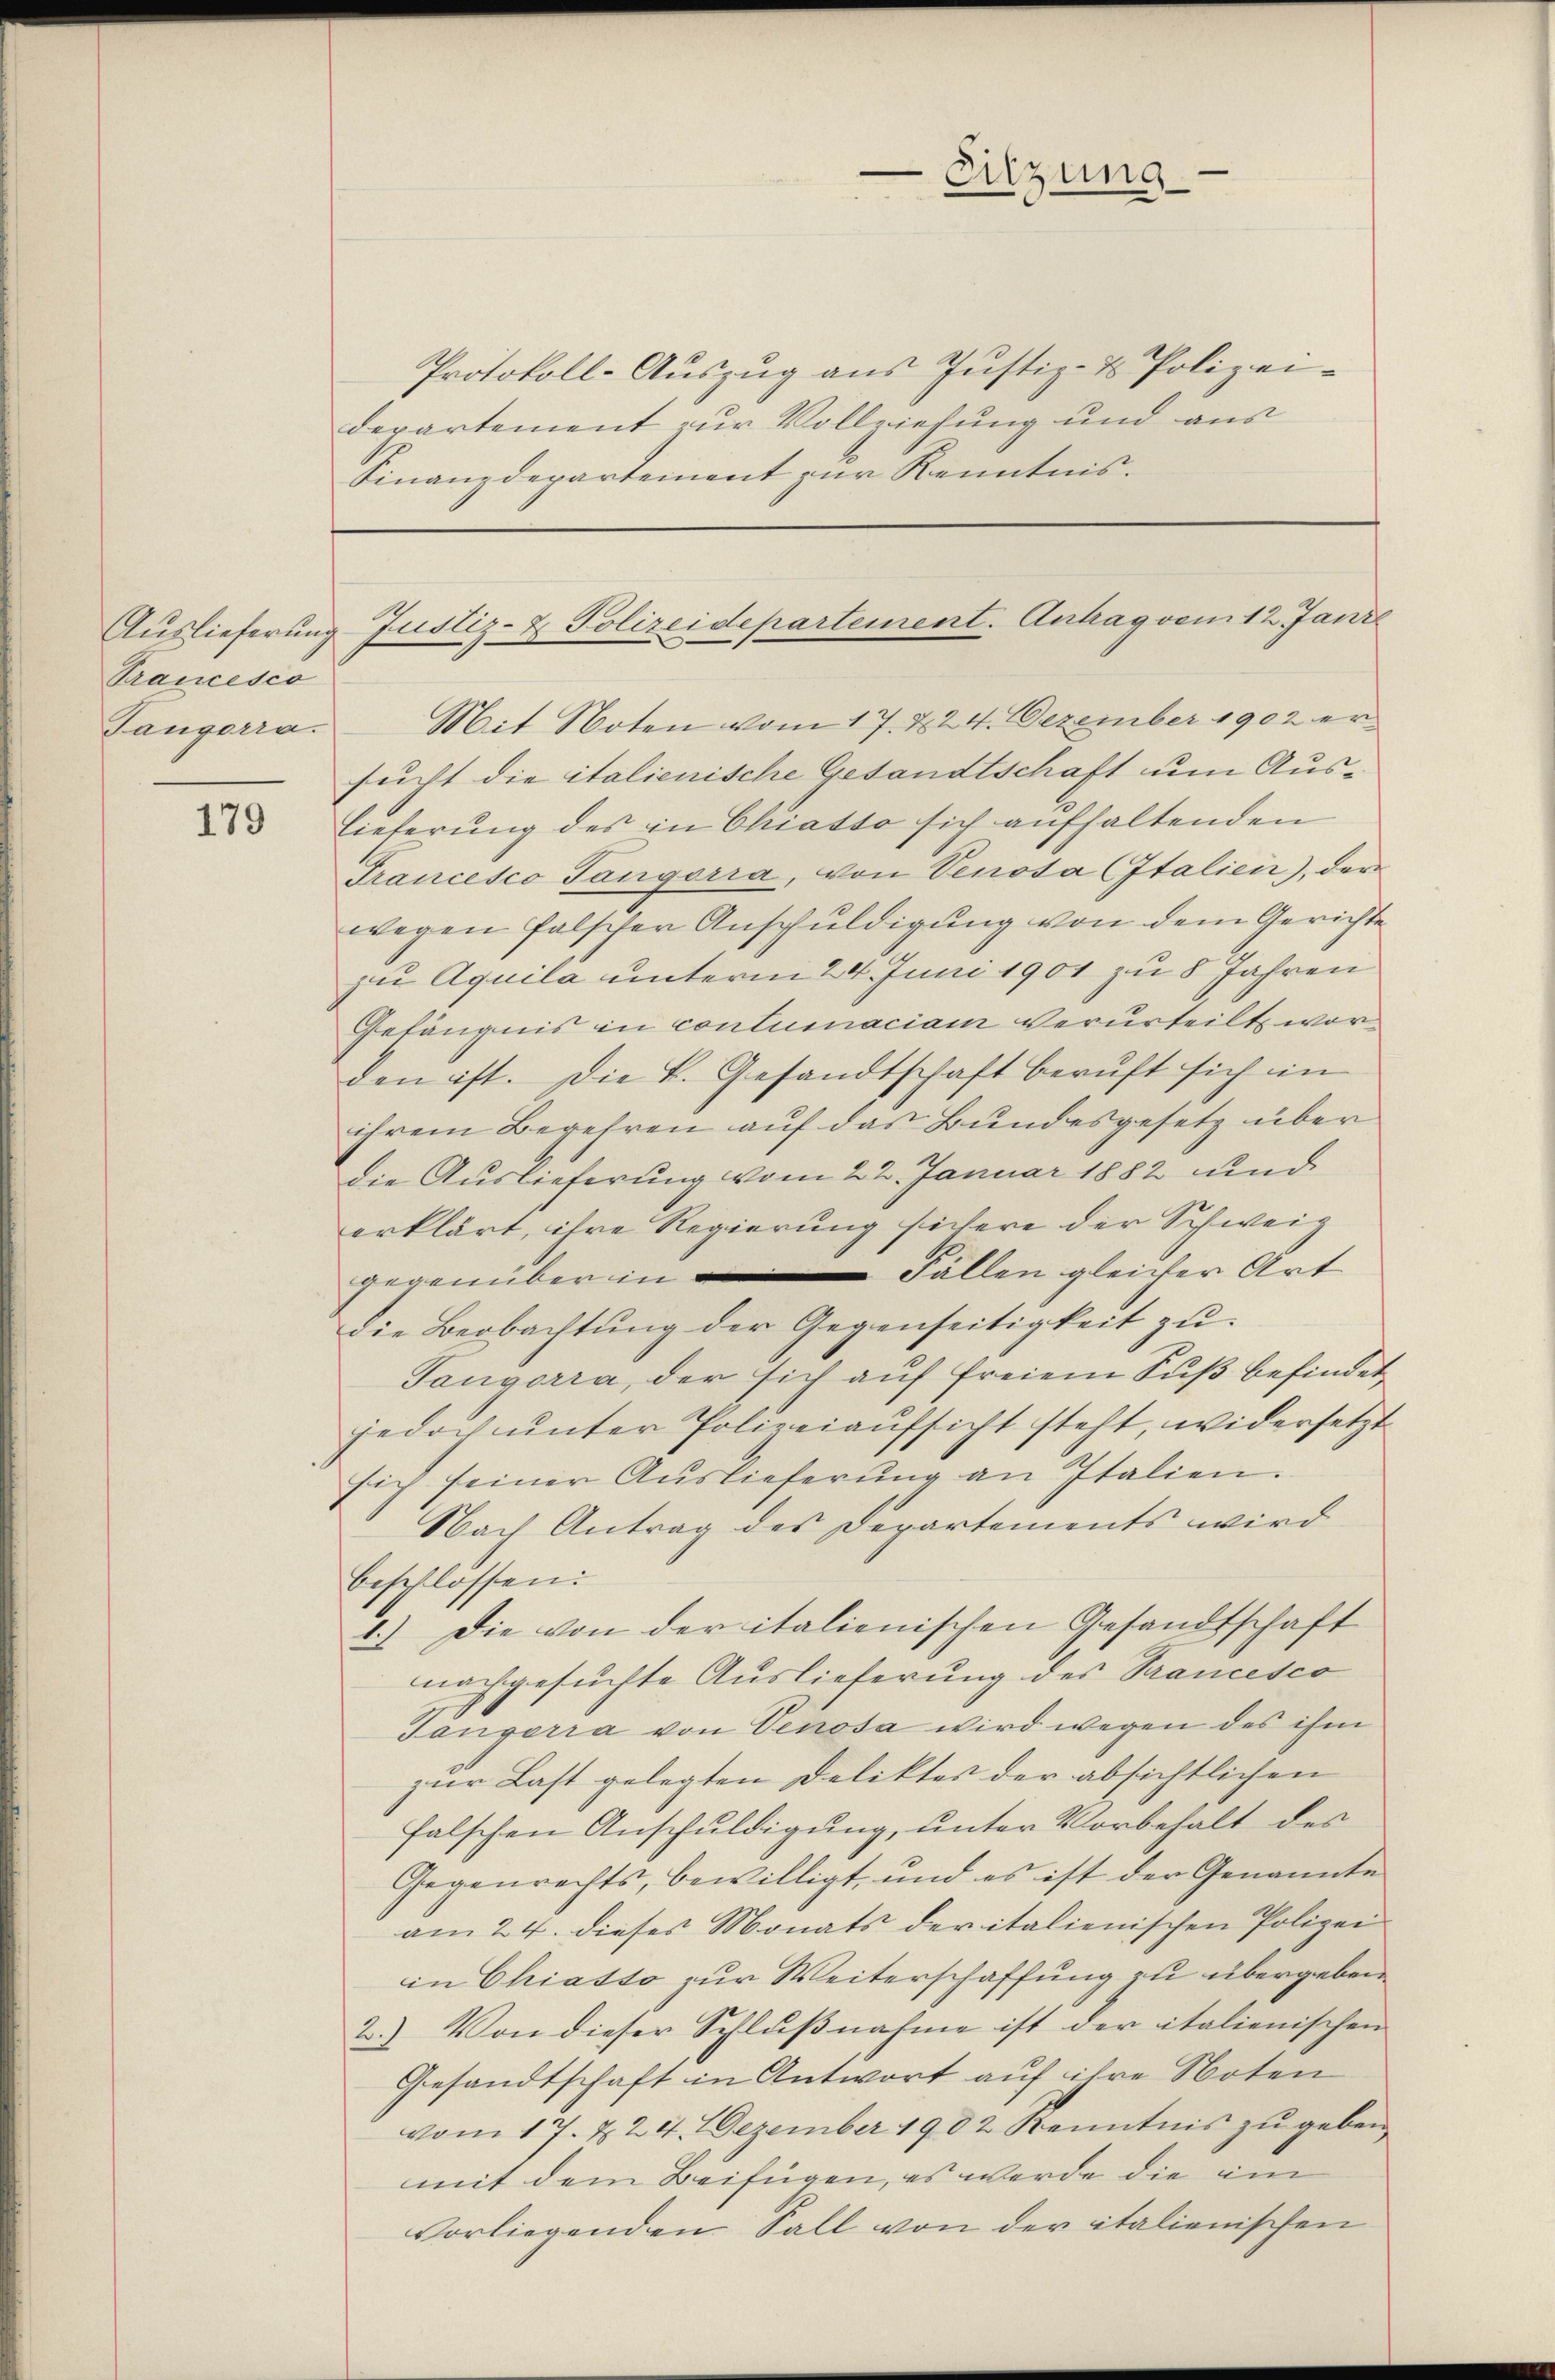
Trancesco
Tangorra

179

Protokoll-Aŭszŭg ans Justiz- & Polizei-
departement zur Vollziehung und aus
Finanzdepartement zur Kenntnis.

Sitzung

Auslieferung Justiz- & Polizeidepartement. Antrag vom 12. Jani

Mit Noten vom 17. & 24. Dezember 1902 ersucht die italienische Gesandtschaft um Auslieferung des in Chiasso sich aufhaltenden
Francesco Tangorra, von Venota Italien), der
wegen falscher Anschuldigung von dem Gerichte
zu Aquila unterm 24. Juni 1901 zu 8 Jahren
Gefängnis in contumaciam verurteilt worden ist. Die k. Gesandtschaft beruft sich in
ihrem Begehren auf das Bundesgesetz über
die Auslieferung vom 22. Januar 1882 und
erklärt, ihre Regierung sichere der Schweig
gegenüber in Fällen gleicher Art
Die Beobachtung der Gegenseitigkeit zu
Tangorra, der sich auf freiem Fuß befindet
jedoch unter Polizeiaufsicht steht, widersetzt
sich seiner Auslieferŭng an Italien.
Nach Antrag des Departements wird
beschlossen:
1.) Die von der italienischen Gesandtschaft
nachgesuchte Auslieferung des Trancesco
Tanverra von Genosa wird wegen des ihm
zur Last gelegten Deliktes der absichtlichen
falschen Anschuldigung, unter Vorbehalt des
Gegenrechts, bewilligt, und es ist der Genannte
am 24. dieses Monats der italienischen Polizei
in Chiasso zur Weiterschaffung zu übergeben.
2.) Von dieser Schlŭβnahme ist der italienischen
Gesandtschaft in Antwort auf ihre Noten
vom 17. & 24. Dezember 1902 Kenntnis zu geben
mit dem Beifügen, es werde die im
vorliegenden Fall von der italienischen